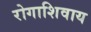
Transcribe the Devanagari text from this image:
रोगाशिवाय